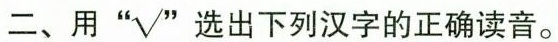
二、用”√”选出下列汉字的正确读音。